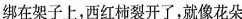
绑在架子上，西红柿裂开了，就像花朵